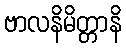
ဗာလနိမိတ္တာနိ